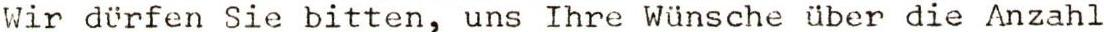
Wir dürfen Sie bitten, uns Ihre Wünsche über die Anzahl